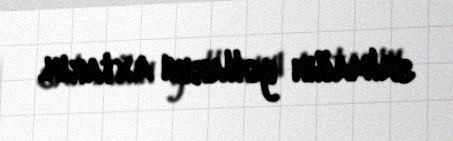
salmağın yollarını axtarın.